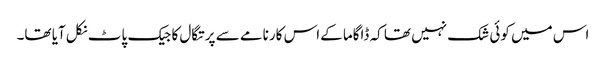
اس میں کوئی شک نہیں تھا کہ ڈاگاما کےاس کارنامے سے پرتگال کا جیک پاٹ نکل آیا تھا۔